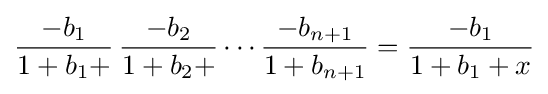
{\frac {-b_{1}}{1+b_{1}+}}\,{\frac {-b_{2}}{1+b_{2}+}}\cdots {\frac {-b_{n+1}}{1+b_{n+1}}}={\frac {-b_{1}}{1+b_{1}+x}}